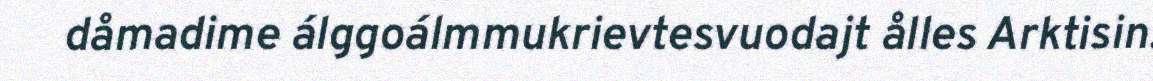
dåmadime álggoálmmukrievtesvuodajt ålles Arktisin.